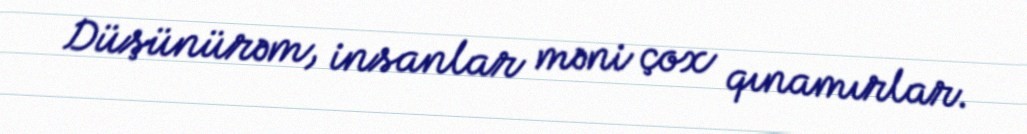
Düşünürəm, insanlar məni çox qınamırlar.